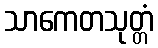
သာကေတသုတ္တံ